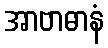
အာဗာဓာနံ